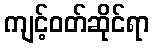
ကျင့်ဝတ်ဆိုင်ရာ